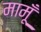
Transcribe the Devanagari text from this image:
मामूँ